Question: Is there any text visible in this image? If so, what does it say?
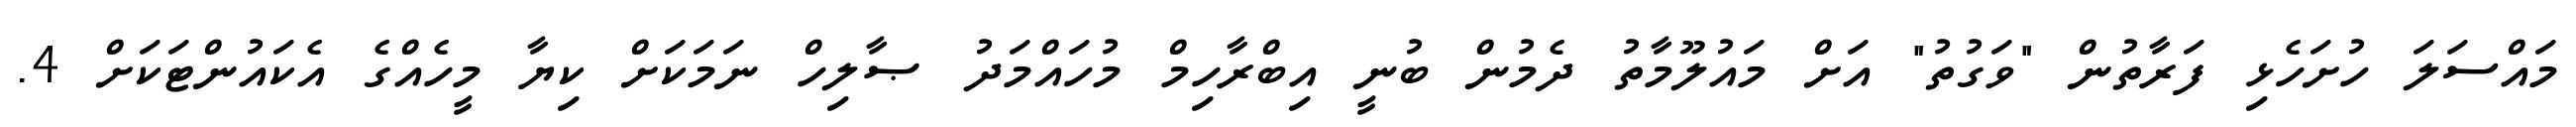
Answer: މައްސަލަ ހުށަހެޅި ފަރާތުން "ވަގުތު" އަށް މައުލޫމާތު ދެމުން ބުނީ އިބްރާހިމް މުހައްމަދު ޞާލިހް ނަމަކަށް ކިޔާ މީހެއްގެ އެކައުންޓަކަށް 4.